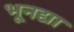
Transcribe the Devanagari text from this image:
भूनद्या